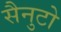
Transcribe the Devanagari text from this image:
सैनुटो